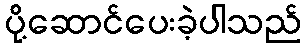
ပို့ဆောင်ပေးခဲ့ပါသည်